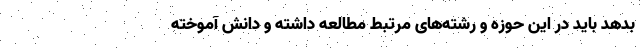
بدهد باید در این حوزه و رشته‌های مرتبط مطالعه داشته و دانش آموخته